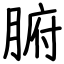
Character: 腑